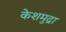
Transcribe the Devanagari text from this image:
केशमुद्रा